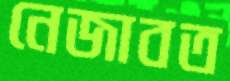
নেজাবত